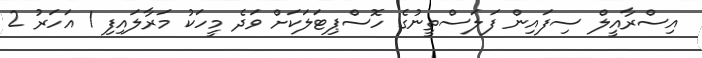
އިސްރާއީލް ސިފައިން ފަލަސްތީނުގެ ހޮސްޕިޓަލަކަށް ވަދެ މީހަކު މަރާލައިފި 1 އަހަރު 2